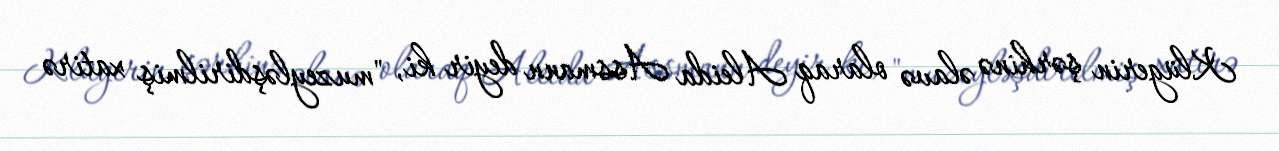
Klügerin şərhinə əlavə olaraq Aleida Assmann deyir ki, "muzeyləşdirilmiş xatirə